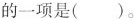
的一项是( )。